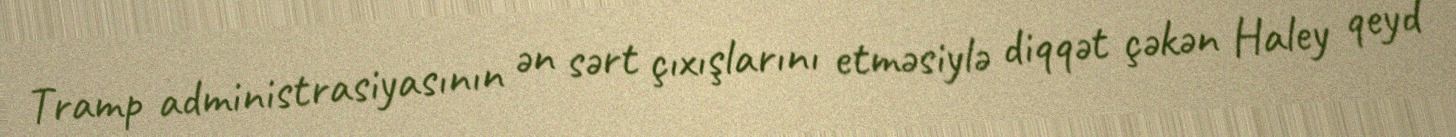
Tramp administrasiyasının ən sərt çıxışlarını etməsiylə diqqət çəkən Haley qeyd